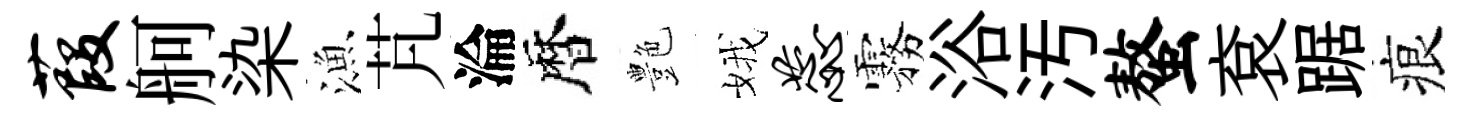
葭舸染漁芃淪暦艶娥蕊霧浴汚螯袞踞痕